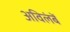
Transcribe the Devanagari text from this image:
अविलंबें